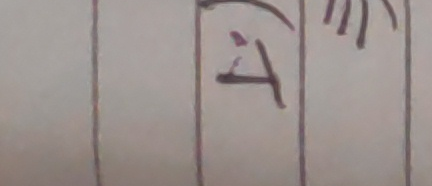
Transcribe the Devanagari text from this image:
अ